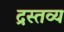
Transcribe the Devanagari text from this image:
द्रस्तव्य